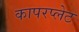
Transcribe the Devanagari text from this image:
कापरप्लेट